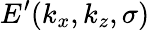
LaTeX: E^{\prime}(k_{x},k_{z},\sigma)